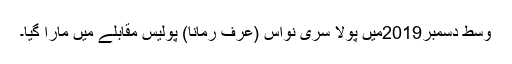
وسط دسمبر2019میں پولا سری نواس (عرف رمانا) پولیس مقابلے میں مارا گیا۔